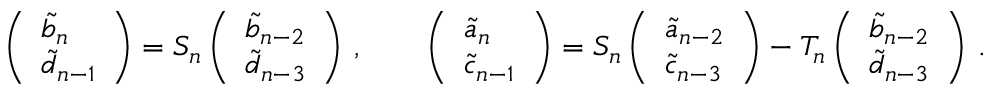
\begin{array} { r l } & { \left( \begin{array} { l } { \widetilde b _ { n } } \\ { \widetilde d _ { n - 1 } } \end{array} \right) = S _ { n } \left( \begin{array} { l } { \widetilde b _ { n - 2 } } \\ { \widetilde d _ { n - 3 } } \end{array} \right) \, , \qquad \left( \begin{array} { l } { \widetilde a _ { n } } \\ { \widetilde c _ { n - 1 } } \end{array} \right) = S _ { n } \left( \begin{array} { l } { \widetilde a _ { n - 2 } } \\ { \widetilde c _ { n - 3 } } \end{array} \right) - T _ { n } \left( \begin{array} { l } { \widetilde b _ { n - 2 } } \\ { \widetilde d _ { n - 3 } } \end{array} \right) \, . } \end{array}